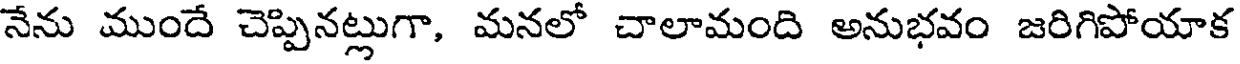
నేను ముందే చెప్పినట్లుగా, మనలో చాలామంది అనుభవం జరిగిపోయాక